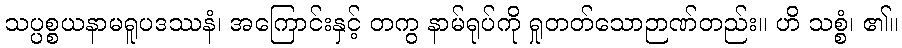
သပ္ပစ္စယနာမရူပဒဿနံ၊ အကြောင်းနှင့် တကွ နာမ်ရုပ်ကို ရှုတတ်သောဉာဏ်တည်း။ ဟိ သစ္စံ၊ ၏။